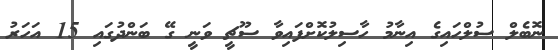
ނޮބެލް ސުލްހައިގެ އިނާމު ހާސިލުކޮށްފައިވާ ސޫޗީ ވަނީ ގޭ ބަންދުގައި 15 އަހަރު